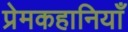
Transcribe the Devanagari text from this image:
प्रेमकहानियाँ